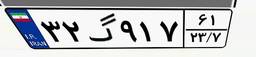
۳۲گ۹۱۷۶۱